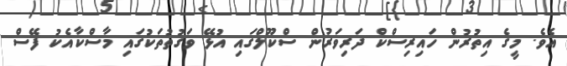
އެވެ. މީގެ އިތުރުން ހައިރިސްކް ދަރިވަރުން ސްކޫލްގައި އުޅޭ ވަގުތުތަކުގައި މާސްކާއެކު ފޭސް